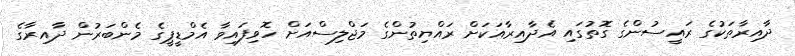
ދާއިރާތަކުގެ ރައީސުންގެ ގޮތުގައި އެދާއިރާއަކަށް ރައްޔިތުންގެ މަޖްލިސްއަށް ހޮވިފައިވާ އެމްޑީޕީގެ މެންބަރުން ދާއިރާގެ